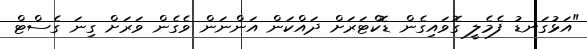
"އަޅުގަނޑު ފެމެލީ ގޮވައިގެން ޑޮކްޓަރަށް ދައްކަން އަންނަން ވެގެން ވަރަށް ގިނަ ގެސްޓް